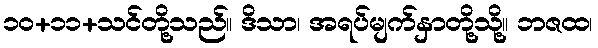
၁၀+၁၁+သင်တို့သည်။ ဒိသာ၊ အရပ်မျက်နှာတို့သို့။ ဘဇထ၊